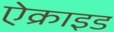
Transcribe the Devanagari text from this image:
ऐक्राइड